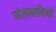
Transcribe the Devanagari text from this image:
पोलवासियों